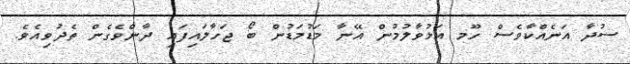
ސުދާ އަނެއްކާވެސް ހޫމ އަޅުވާލުމުން އޭނާ މަޑުމަޑުން ބޯ ޖަހާލައިފައި ދާންވެގެން ތެދުވިއެވެ.